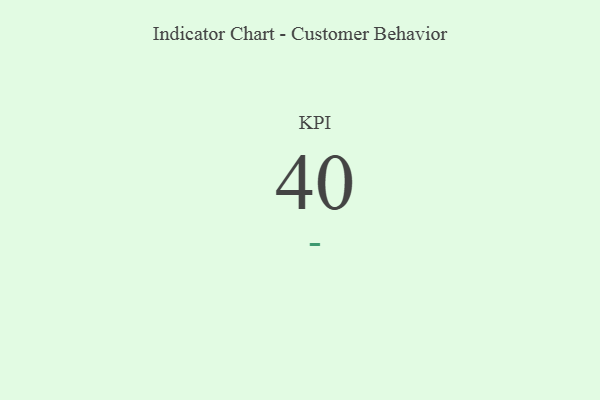
{"axis": {"x": "KPI", "y": "Value"}, "legend": [""], "data": [{"x": "KPI", "y": 40, "type": ""}]}